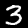
Digit: 3